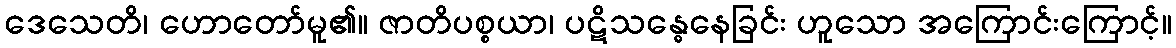
ဒေသေတိ၊ ဟောတော်မူ၏။ ဇာတိပစ္စယာ၊ ပဋိသန္ဓေနေခြင်း ဟူသော အကြောင်းကြောင့်။